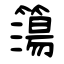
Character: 簜